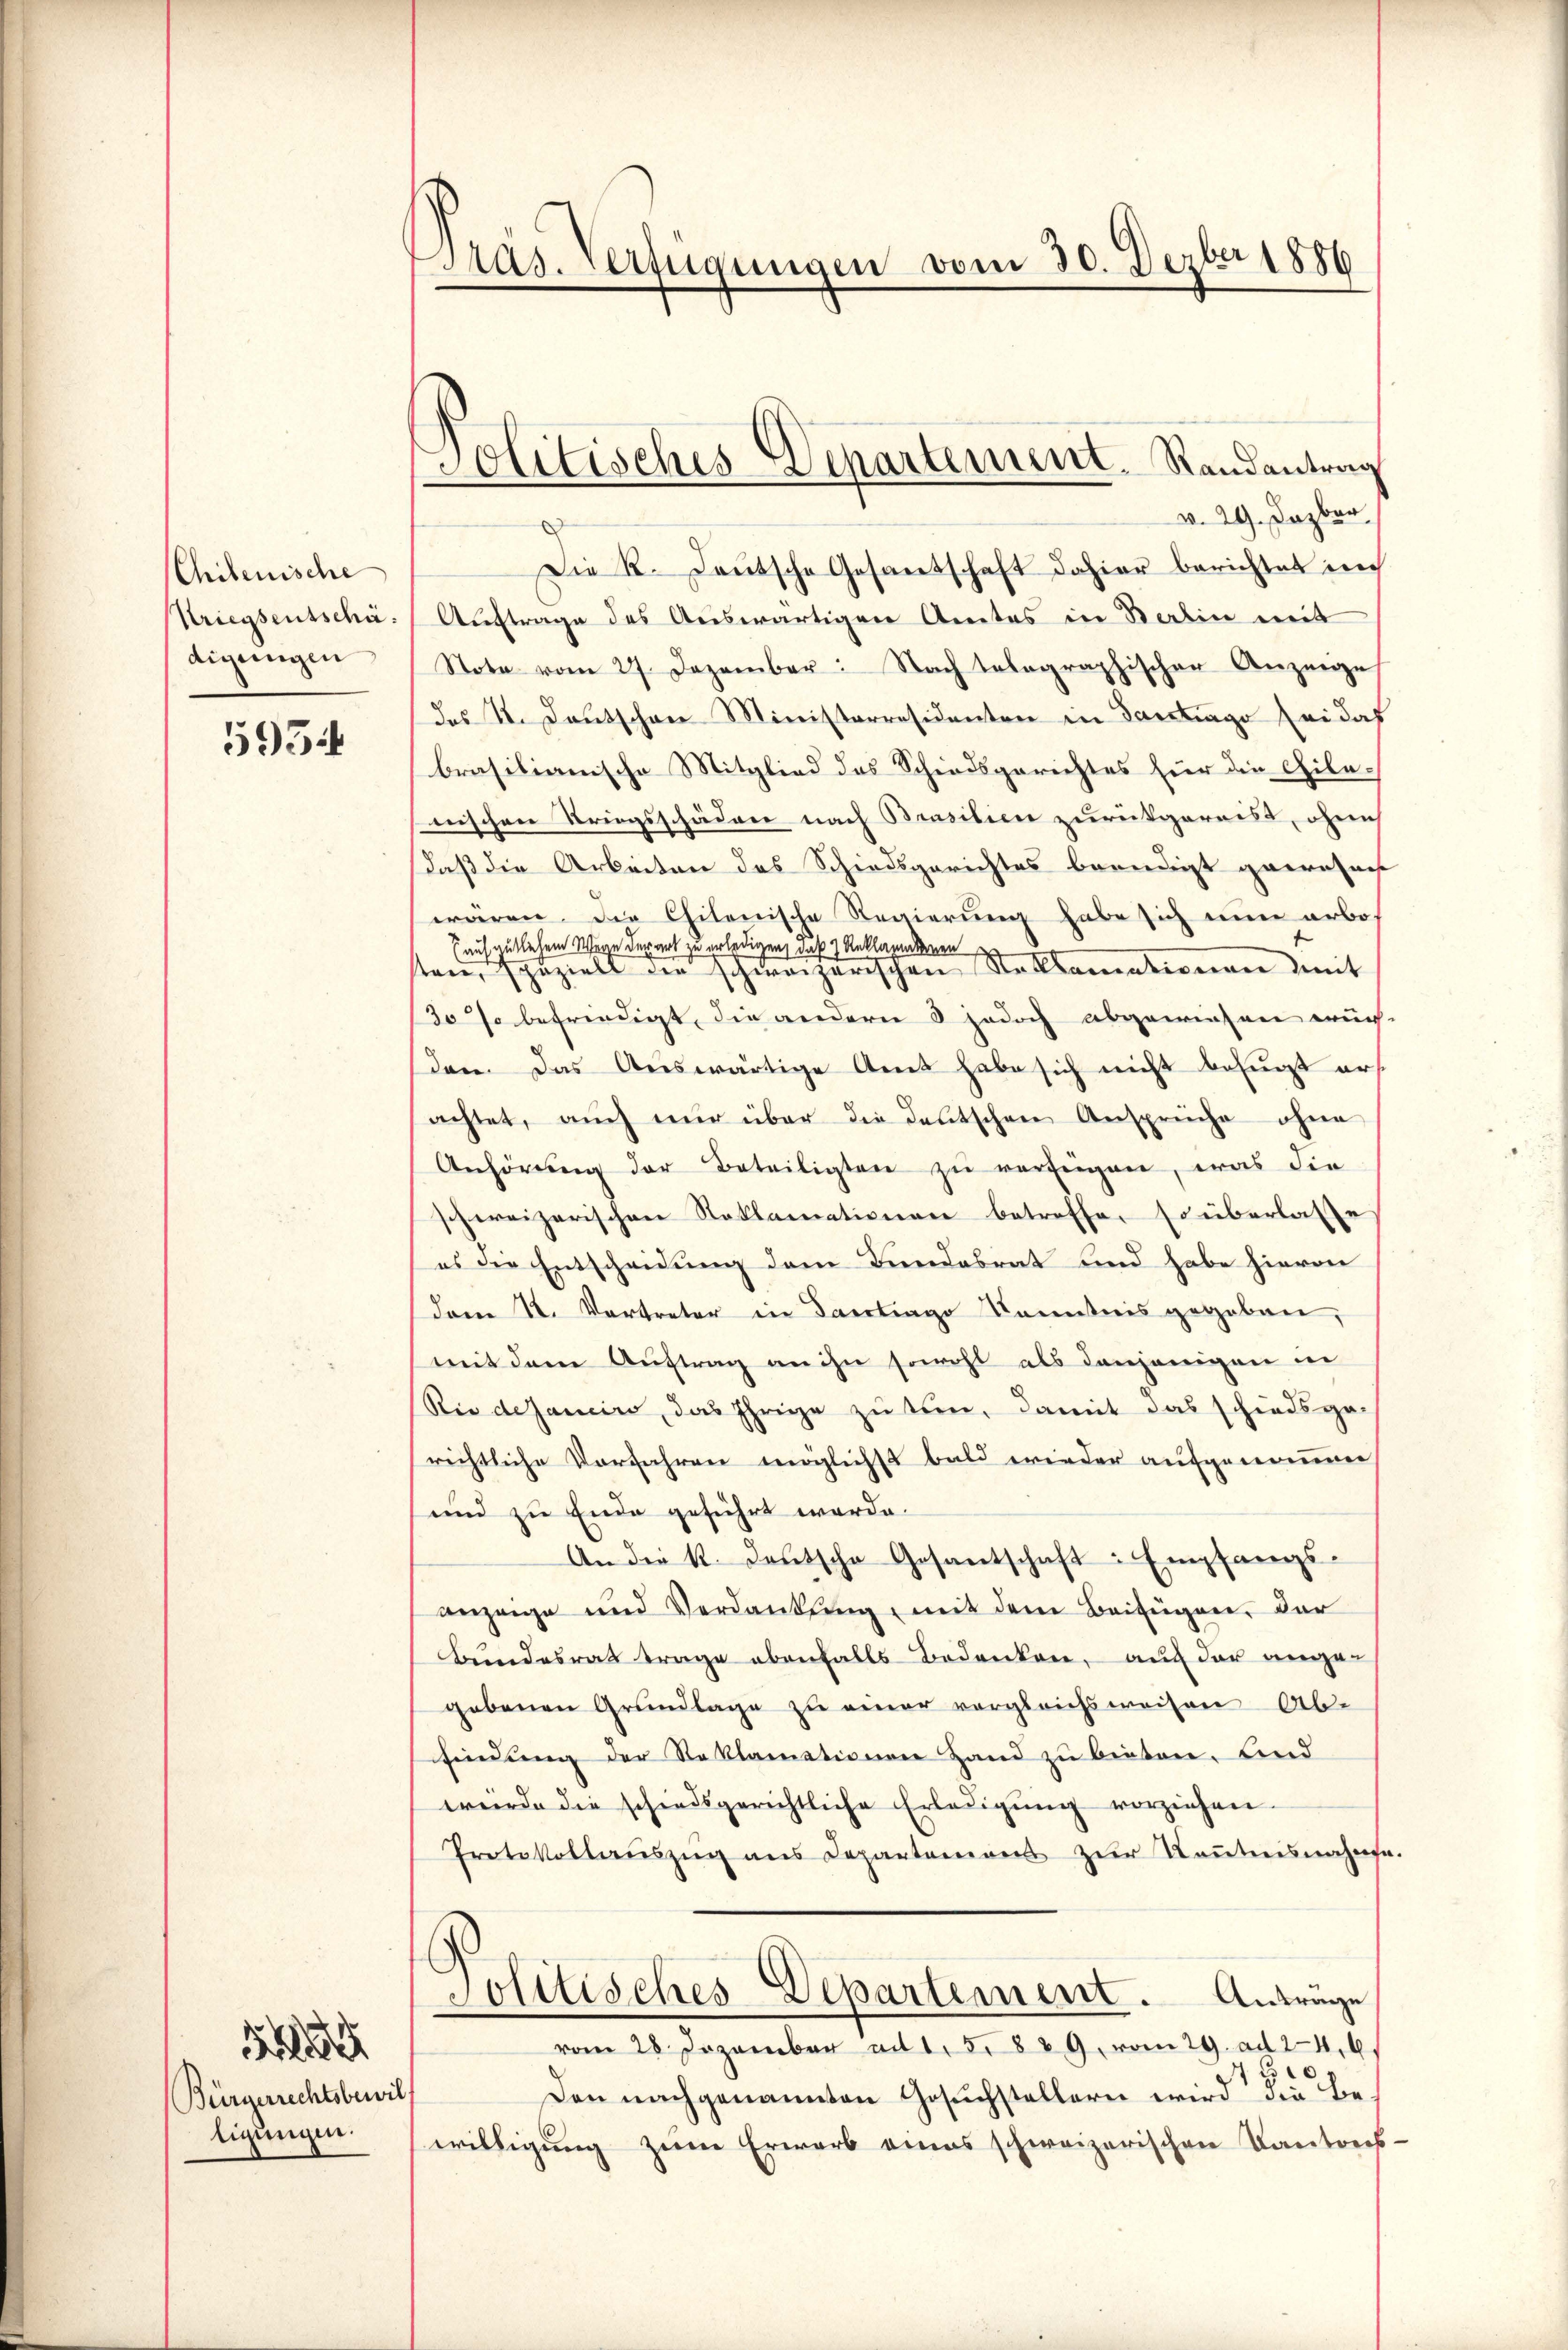
Chilenische
Striegsentschädigungen

5954

S
Bürgerrechtsbewill
ligungen.

Pras. Verfügungen vom 30. Dezbr 1886

Solitisches Departement. Randantrag

v. 29. Dezbr.
Die R. Teutsche Gesandschaft dahier berichtet ich
Auftrage des Auswärtigen Amtes in Satin mit
Stote vom 27. Dezember. Nach telegraphischer Anzeige
des II. Deutschen Ministerresidenten in Santrag sei das
brasilianische Mitglied des Schiedsgerichtes für die Gilenischen Kriegsschäden nach Brasilien zurückgereist, ohne
daß die Arbeiten des Schiedsgerichtes beendigt gewohnes
waren. Die Chilenische Regierung habe sich nun arbo¬
(auf gütlichem Wege derart zu erledigen, daß 2 Reklamatanen
ten, spezielt der schweizerischen Stelltomationen mit
30 so befriedigt, die andern 3 jedoch abgewiesen wur-
den. Das Auswärtige Amt habe sich nicht befugt ers
achtet, auch nur über die deutschen Ansprüche ohne
Anhörŭng der Beteiligten zŭ verfügen, was die
schweizerischen Reklamationen betreffen so überlasse
es die Entscheidung dem Bundesrat und habe hievon
dem 12. Vortrator in Saertrag Kenntnis gegeben,
mit dem Auftrag an ihn sowohl als denjenigen in
Rie dejanicire, das Ihrige zu tun, damit das schiedsge-
richtliche Vorfahren möglichst bald wieder aufgenommen
und zu Ende geführt werde.
An die k. Deutsche Gesantschaft: Empfangs-
anzeige und Verdankŭng mit dem Beifügen, der
Bundesrat trage ebenfalls Bedenken, auf der angegebenen Grundlage zu einer vergleichsweisen Ab-
findung der Reklamationen Hand zu bieten. End
wŭrde die schiedsgerichtliche Erledigŭng vorziehen.
Protokollaŭszŭg ans Departemons zŭr Keṅtnisnahme
Politisches Departement. Anträge
vom 28. Dezember ad 1. 5. 829. vom 29. ad 24. 61
0,
Den nachgenannten Gesuchstellern wird die Be-
willigung zum Erwarb eines schweizerischen Kantons